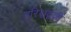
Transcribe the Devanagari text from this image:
हरिश्चंद्गजी